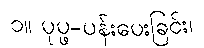
၁။ ပုပ္ဖ-ပန်းပေးခြင်း၊